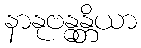
နာနုဗန္ဓန္တိယာ